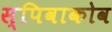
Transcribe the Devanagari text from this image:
स्पिवाकोव